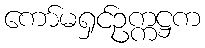
ကော်မရှင်ဥက္ကဋ္ဌက